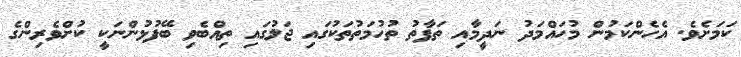
ކަމަށެވެ. އެހެންކަމުން މުހައްމަދު ނަދީމާއި ތަފާތު ތުހުމަތުތަކުގައި ޖަލުގައި ތިއްބެވި ބޭފުޅުންނަކީ ކުށްވެރިންގެ